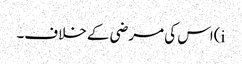
i)اس کی مرضی کے خلاف۔